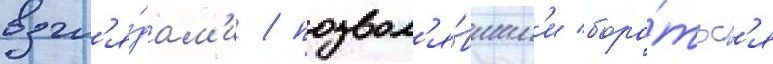
взгл'я́дам'и / позвол'я́вшим'и боро́тьс'я